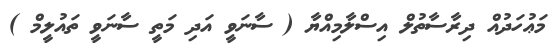
މަޢުހަދުއް ދިރާސާތުލް އިސްލާމިއްޔާ ( ސާނަވީ އަދި މަތީ ސާނަވީ ތައުލީމް )